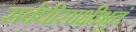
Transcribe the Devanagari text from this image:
सर्वधीसाक्षीभूतं